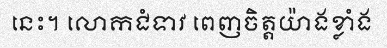
នេះ។ លោកជំទាវ ពេញចិត្តយ៉ាងខ្លាំង